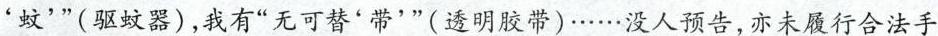
'蚊'”（驱蚊器），我有”无可替'带'”（透明胶带）……没人预告，亦未履行合法手